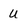
Character: U